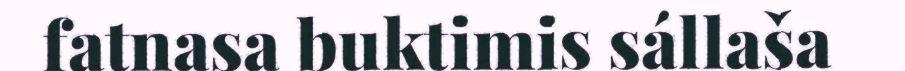
fatnasa buktimis sállaša